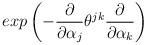
LaTeX: \begin{align*}exp\left( -\frac{\partial}{\partial \alpha_{j}}\theta^{jk}\frac{\partial}{\partial \alpha_{k}} \right)\end{align*}